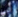
في